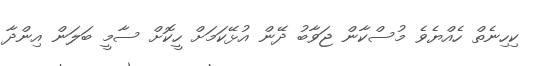
ކިހިނެތް ހެއްޔެވެ މުސްކާން ޖަވާބު ދޭން އުޅޭކަމަށް ހީކޮށް ސާމީ ބަލަން އިންދާ